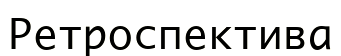
Ретроспектива